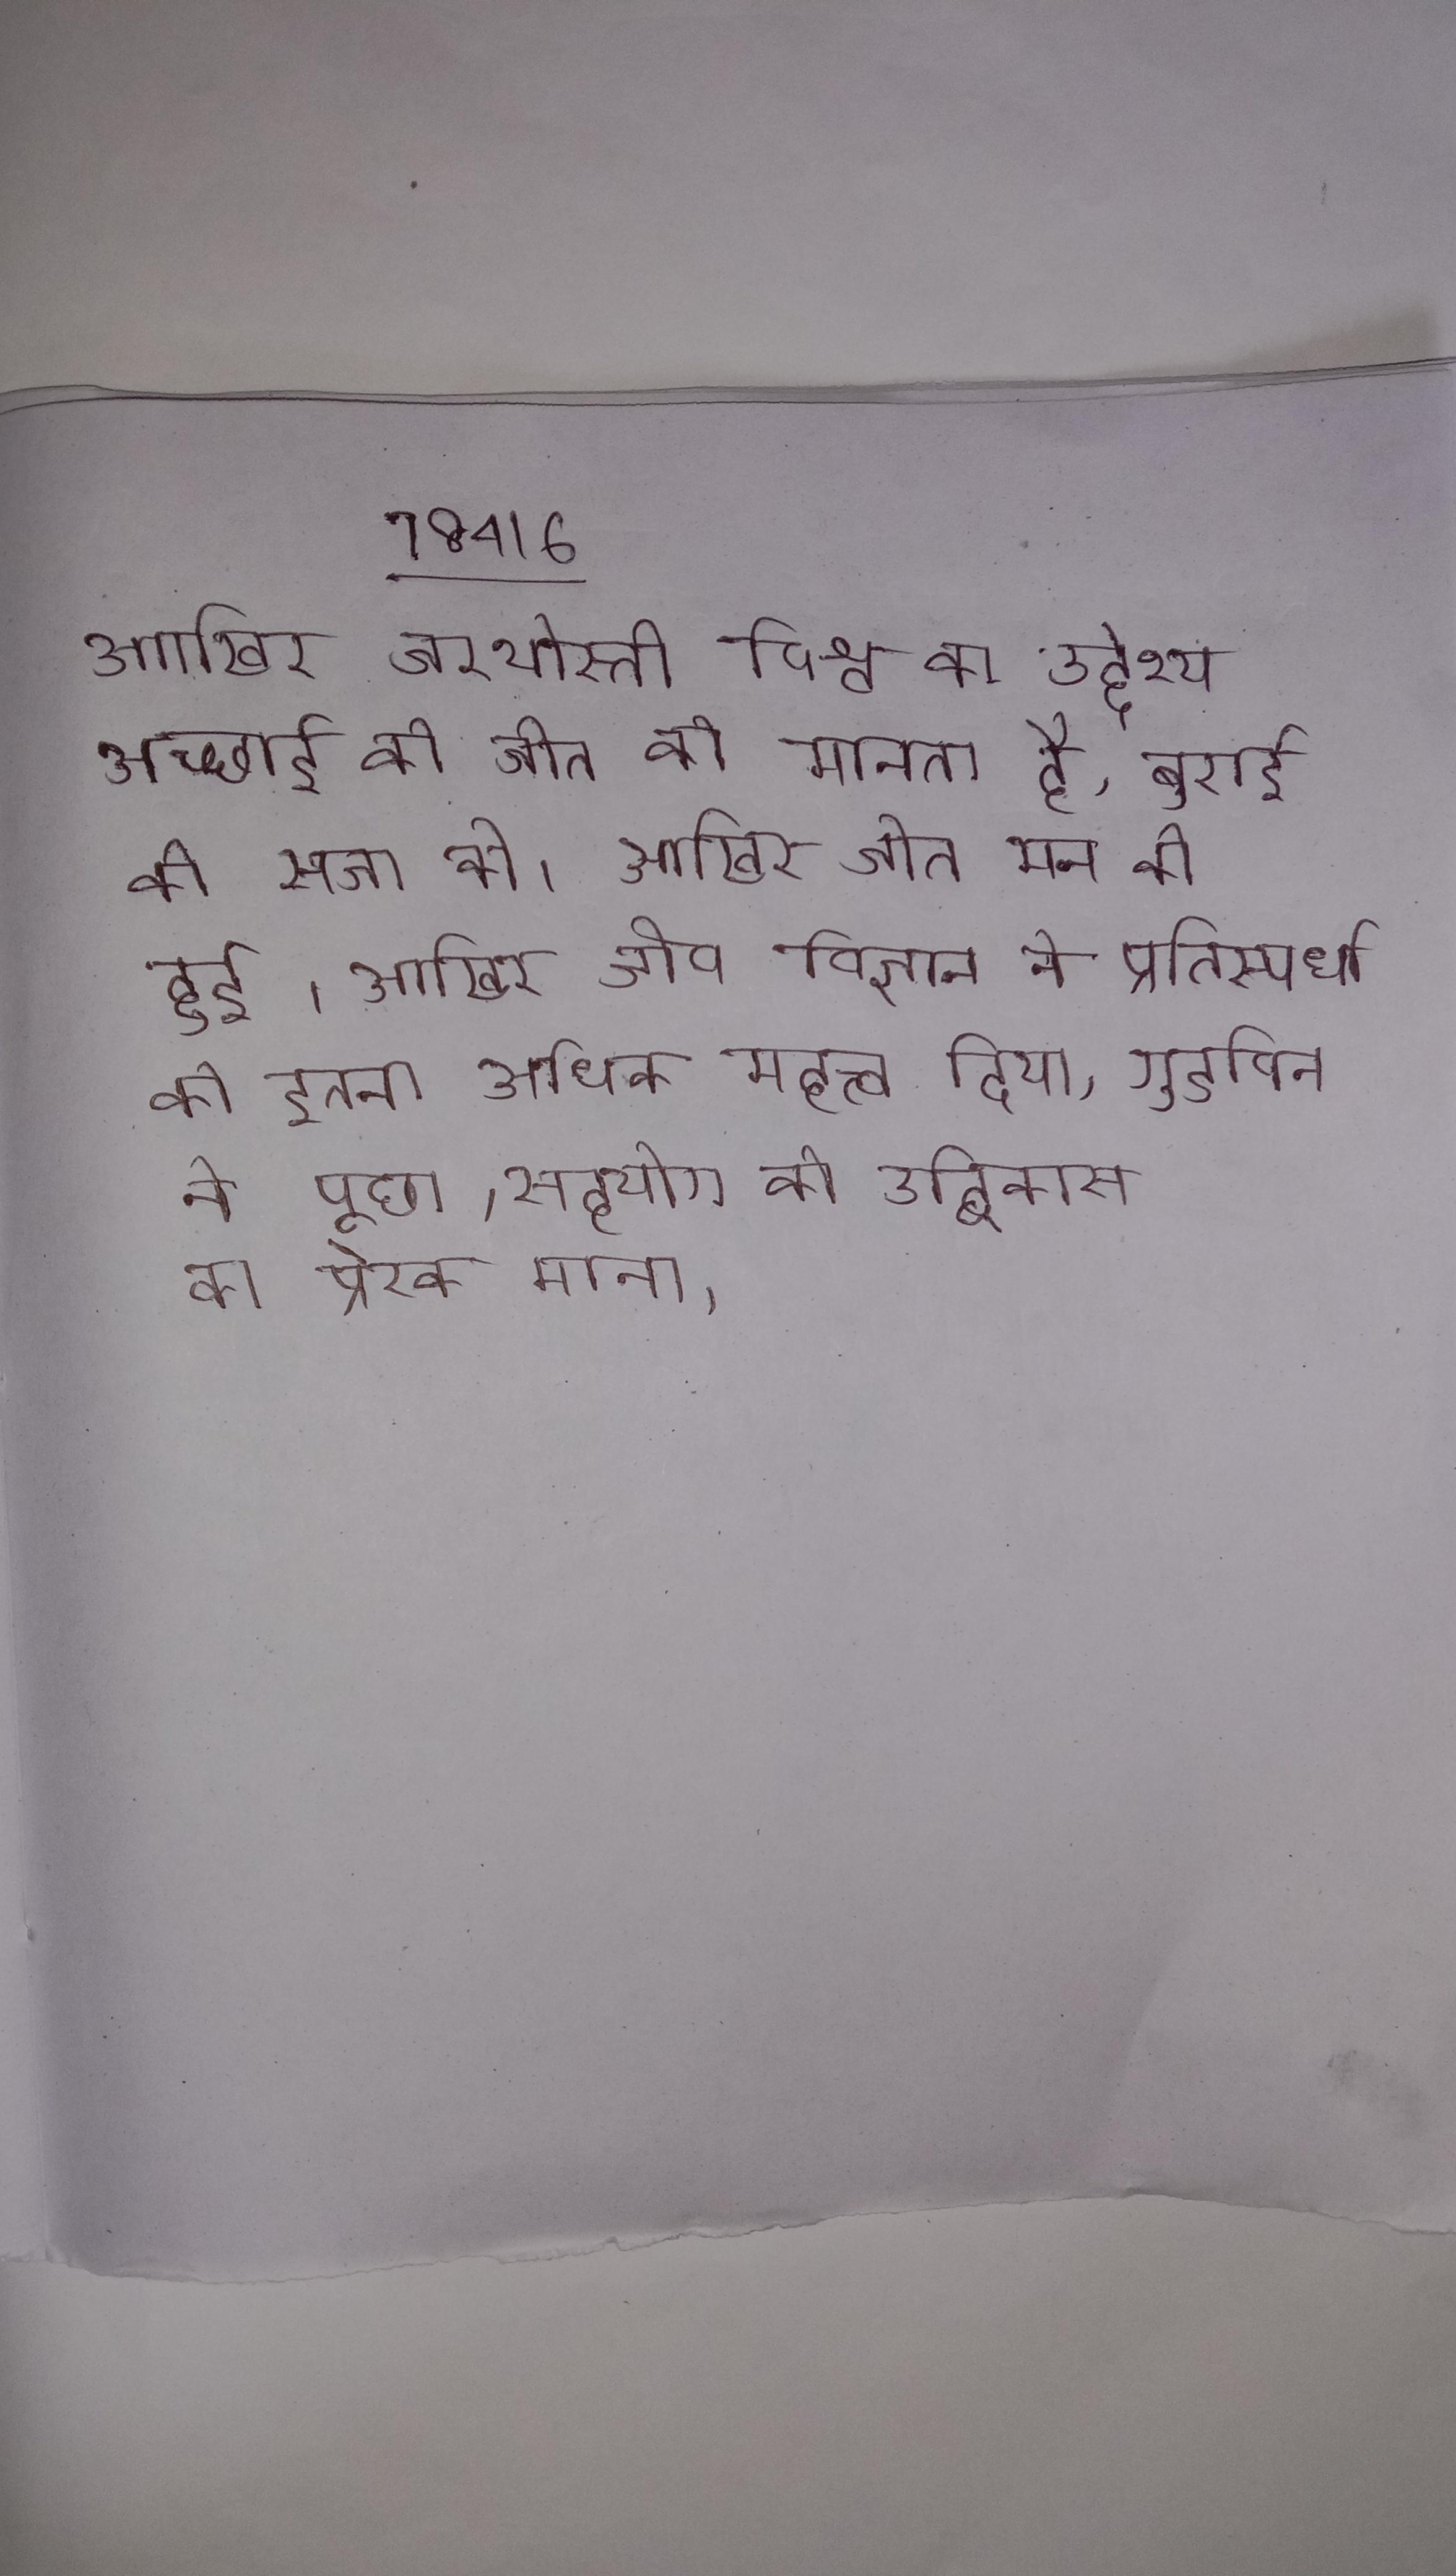
आखिर जरथोस्ती विश्व का उद्देश्य अच्छाई की जीत को मानता है, बुराई की सजा को । आखिर जीत मन की हुई । आखिर जीव विज्ञान ने प्रतिस्पर्धा को इतना अधिक महत्त्व दिया, गुडविन ने पूछा, सहयोग को उद्विकास का प्रेरक माना ।